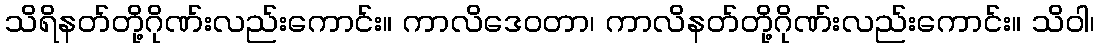
သိရိနတ်တို့ဂိုဏ်းလည်းကောင်း။ ကာလိဒေဝတာ၊ ကာလိနတ်တို့ဂိုဏ်းလည်းကောင်း။ သိဝါ၊